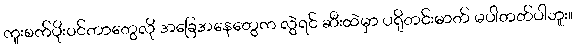
ကူးစက်ပိုးဝင်တာတွေလို အခြေအနေတွေက လွဲရင် ဆီးထဲမှာ ပရိုတင်းဓာတ် မပါတတ်ပါဘူး။